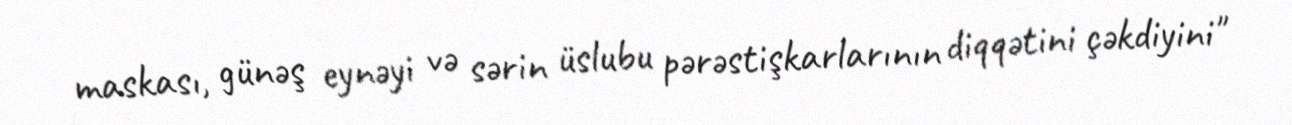
maskası, günəş eynəyi və sərin üslubu pərəstişkarlarının diqqətini çəkdiyini"